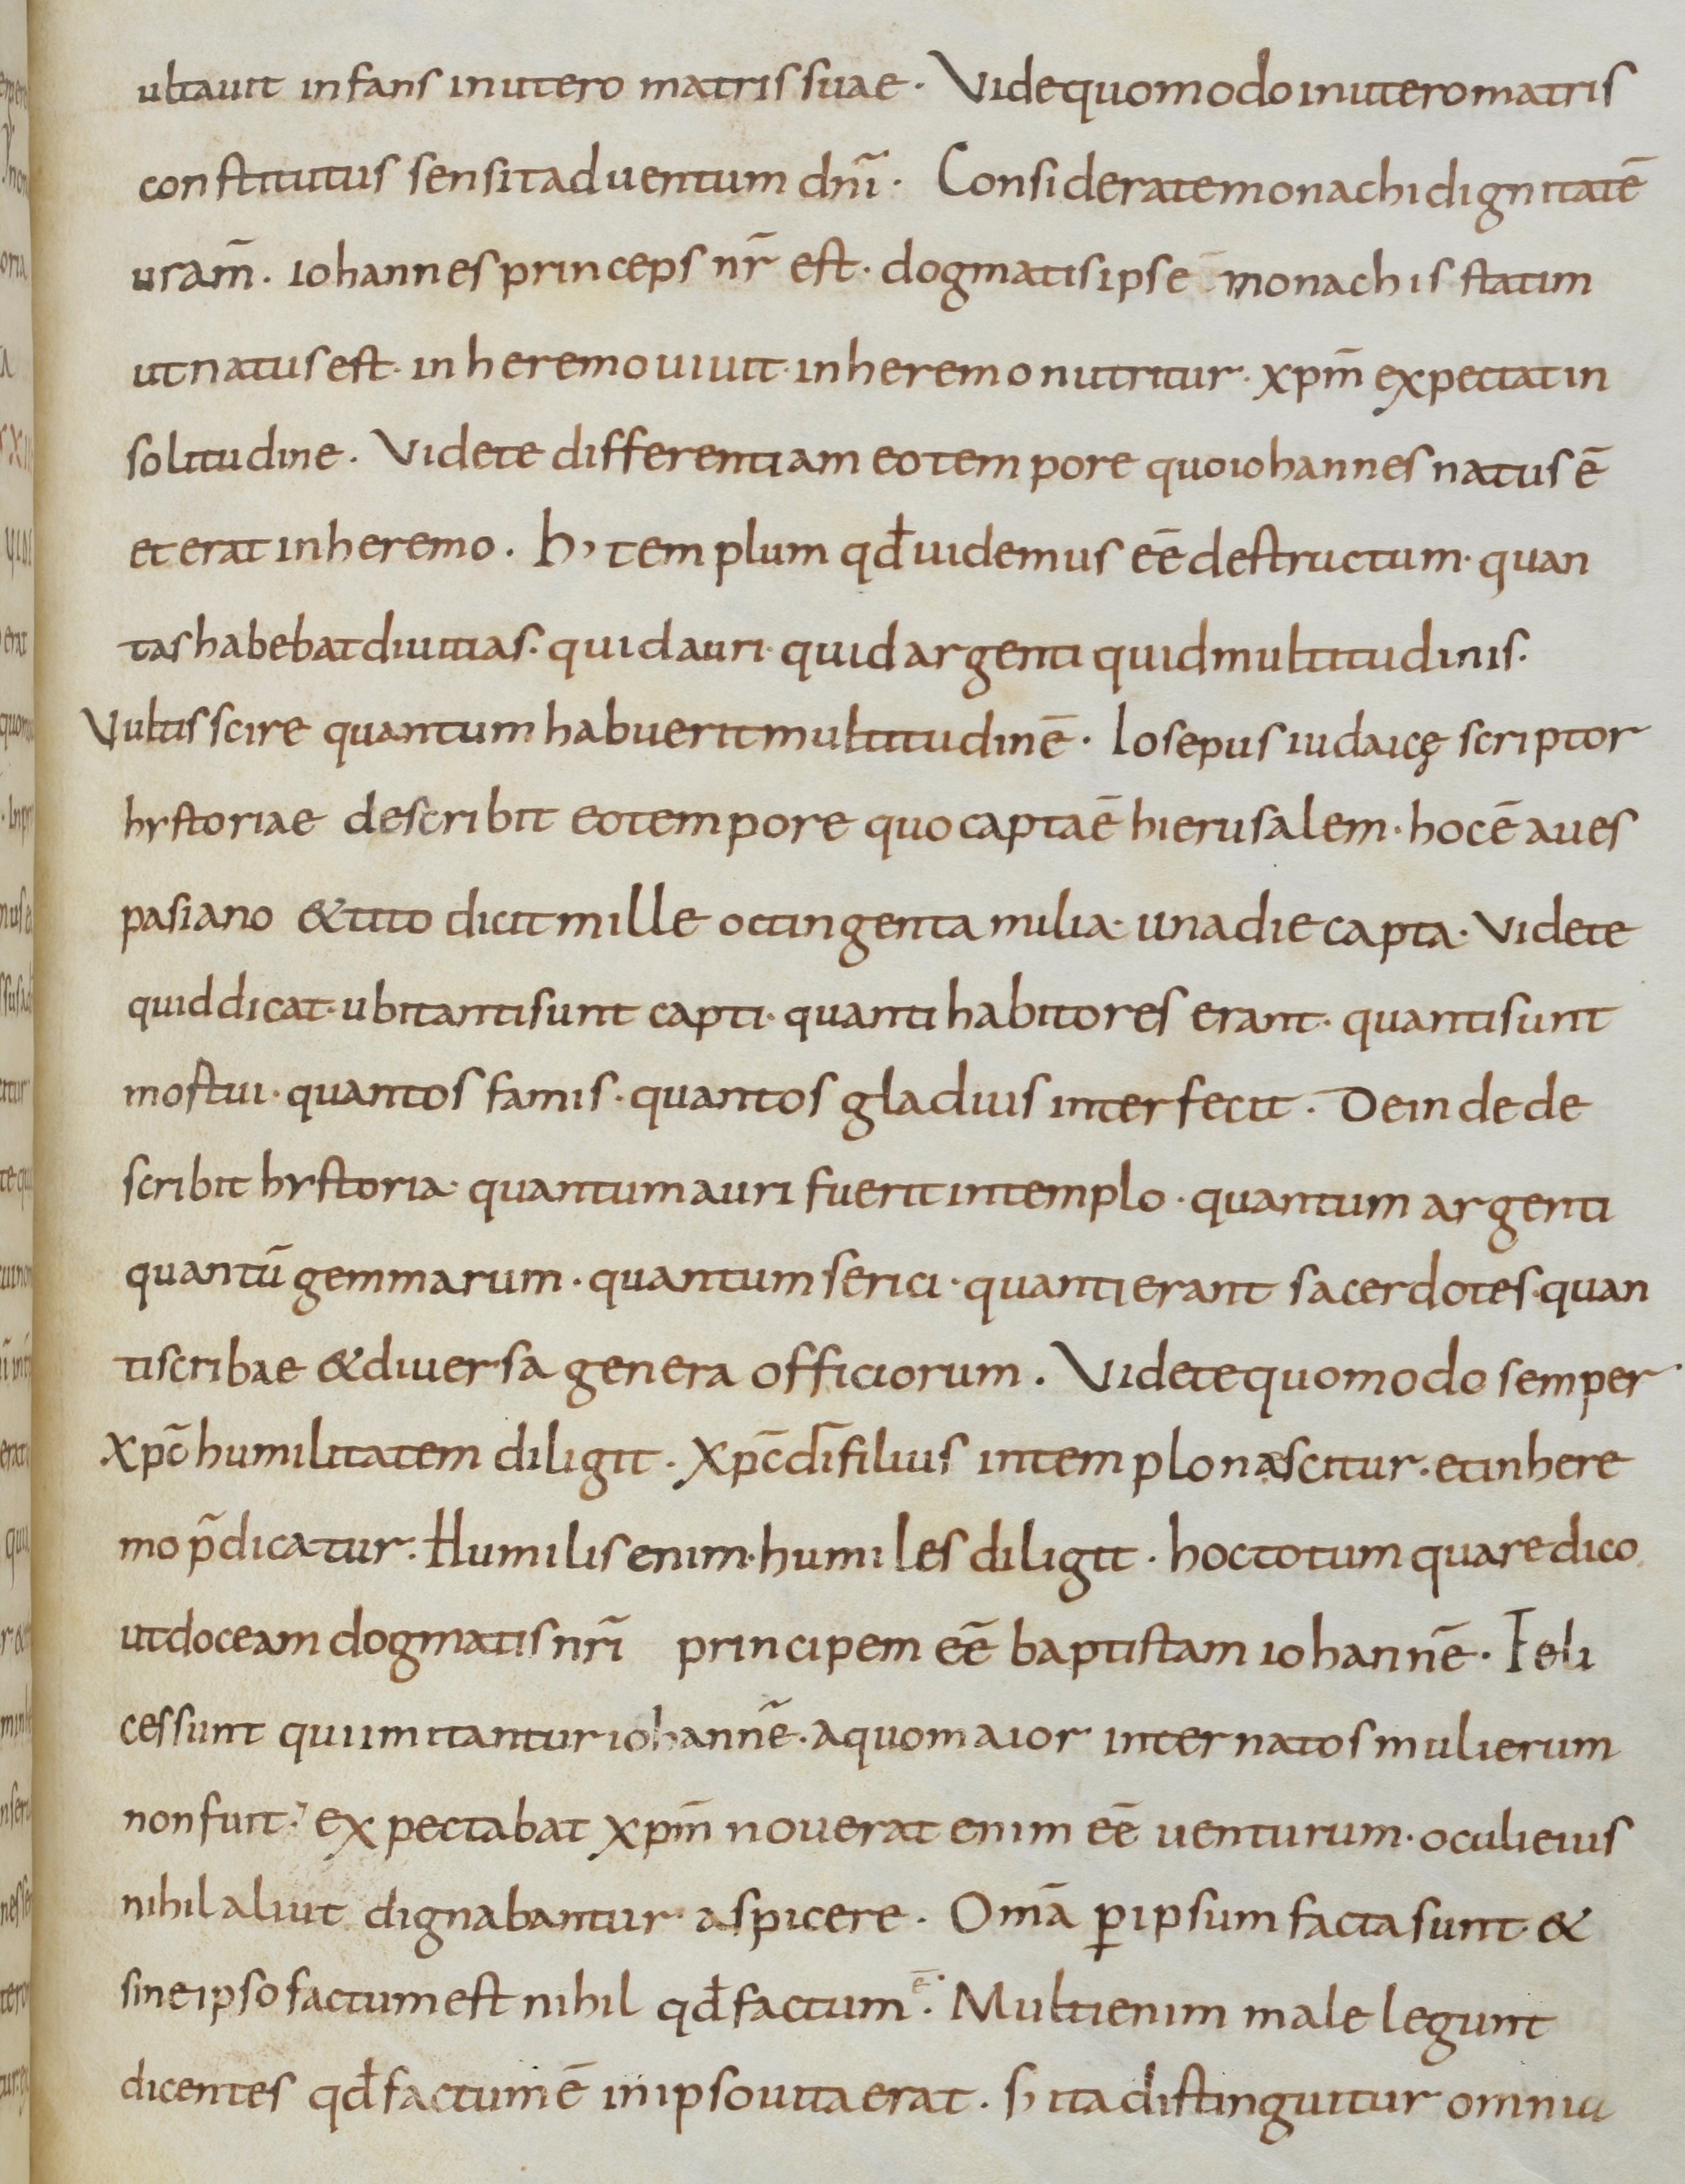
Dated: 800–899